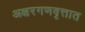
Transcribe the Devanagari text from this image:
अक्षरगणवृत्तात